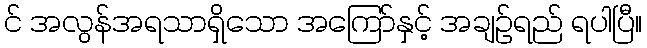
င် အလွန်အရသာရှိသော အကြော်နှင့် အချဉ်ရည် ရပါပြီ။